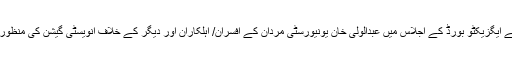
نیب کے ایگزیکٹو بورڈ کے اجلاس میں عبدالولی خان یونیورسٹی مردان کے افسران/ اہلکاران اور دیگر کے خلاف انویسٹی گیشن کی منظوری دی۔